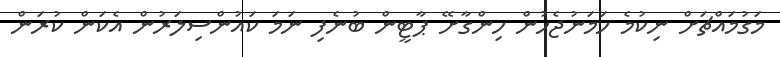
މަގުމައްޗަށް ނިކުމެ ހަމަނުޖެހުން ހިންގާށޭ ޕާޓީން ބުނެފި ނަމަ ކައުންސިލަރުން އެކަން ކުރަން